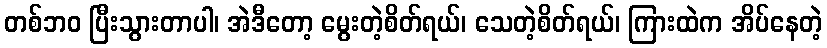
တစ်ဘဝ ပြီးသွားတာပါ၊ အဲဒီတော့ မွေးတဲ့စိတ်ရယ်၊ သေတဲ့စိတ်ရယ်၊ ကြားထဲက အိပ်နေတဲ့